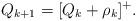
LaTeX: \begin{align*}Q_{k+1} = [Q_k + \rho_k]^+. \end{align*}